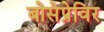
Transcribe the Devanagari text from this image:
बोसेप्रेविर